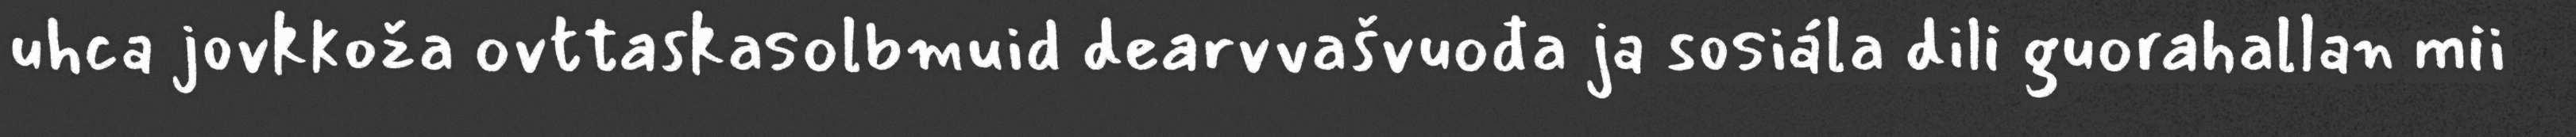
uhca jovkkoža ovttaskasolbmuid dearvvašvuođa ja sosiála dili guorahallan mii